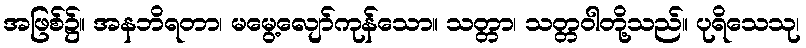
အဖြစ်၌။ အနဘိရတာ၊ မမွေ့လျော်ကုန်သော။ သတ္တာ၊ သတ္တဝါတို့သည်။ ပုရိသေသု၊